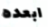
ابعده